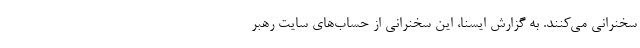
سخنرانی می‌کنند. به گزارش ایسنا، این سخنرانی از حساب‌های سایت رهبر